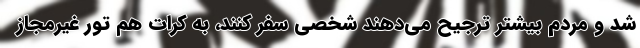
شد و مردم بیشتر ترجیح می‌دهند شخصی سفر کنند، به کرات هم تور غیرمجاز